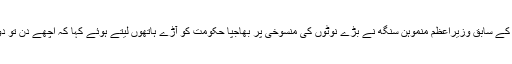
اس دوران سیمینار سے خطاب کرتے ہوئے بھارت کے سابق وزیراعظم منموہن سنگھ نے بڑے نوٹوں کی منسوخی پر بھاجپا حکومت کو آڑے ہاتھوں لیتے ہوئے کہا کہ اچھے دن تو دور کی بات ہے، ابھی تو اور برے دن آنے باقی ہیں۔